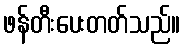
ဖန်တီးပေးတတ်သည်။